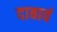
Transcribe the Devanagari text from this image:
दाबावं